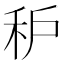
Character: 𱵾